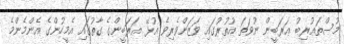
މުސްތަޢުރިބު ޢަރަބީން ނުވަތަ އުތުރުގައި ވަޒަންވެރިވެ އުޅޭ ޢަރަބީންގެ ގާތުގައި އެމީހުންގެ އެންމެންމެ